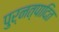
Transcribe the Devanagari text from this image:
पुर्नत्पादित